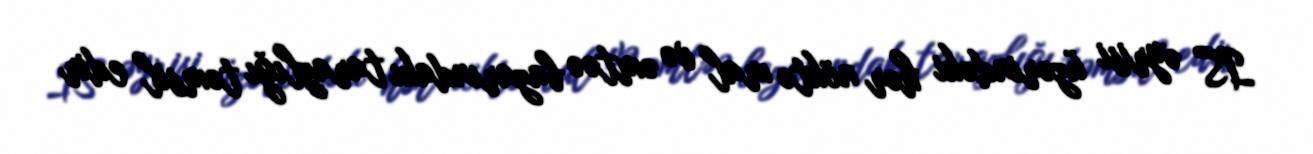
IS əyrisi üzərindəki hər nöktə mal və əmtəə bazarındakı tarazlığı təmsil edir